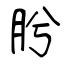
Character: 肹